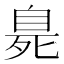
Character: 臰